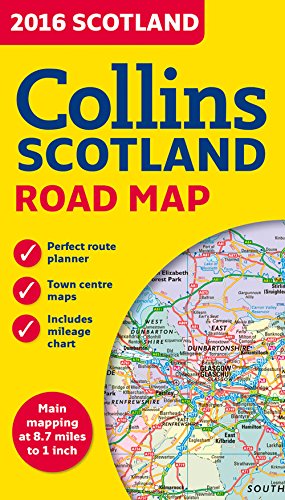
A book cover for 2016 Collins Scotland Road Map; Collins Maps; Travel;